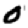
Digit: 0